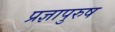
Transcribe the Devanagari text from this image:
प्रज्ञापुरुष